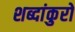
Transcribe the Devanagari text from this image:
शब्दांकुरों